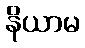
နိယာမ